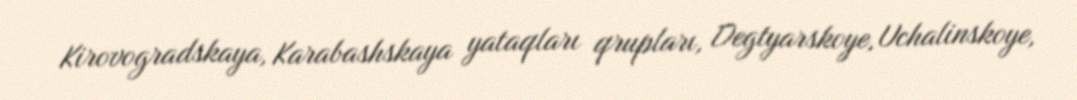
Kirovogradskaya, Karabashskaya yataqları qrupları, Degtyarskoye, Uchalinskoye,